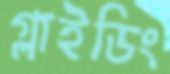
গ্লাইডিং